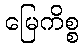
မြေကိစ္စ